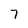
Character: 7